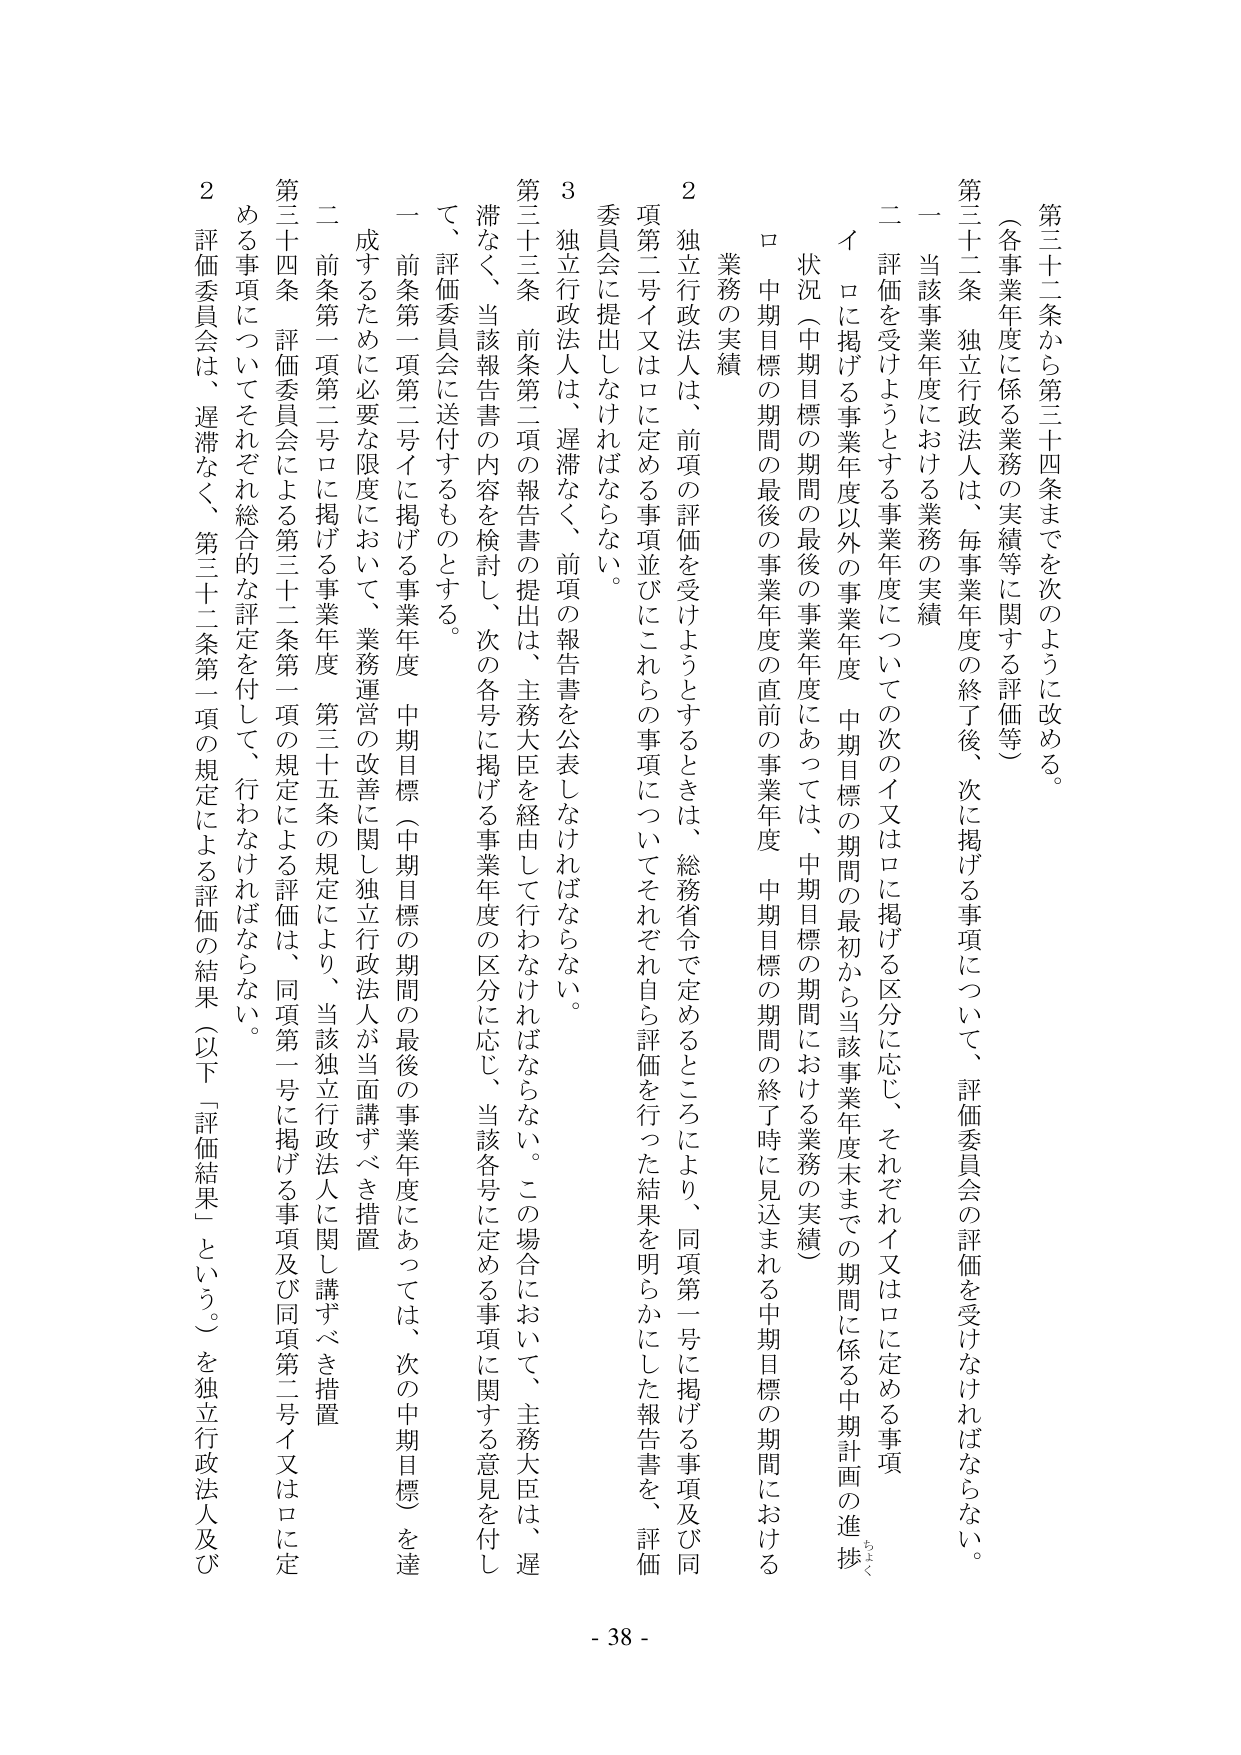
第三十二条から第三十四条までを次のように改める。

（各事業年度に係る業務の実績等に関する評価等）

第三十二条 独立行政法人は、毎事業年度の終了後、次に掲げる事項について、評価委員会の評価を受けなければならない。

一 当該事業年度における業務の実績

二 評価を受けようとする事業年度についての次のイ又はロに掲げる区分に応じ、それぞれイ又はロに定める事項

イ ロに掲げる事業年度以外の事業年度 中期目標の期間の最初から当該事業年度末までの期間に係る中期計画の進捗状況（中期目標の期間の最後の事業年度にあっては、中期目標の期間における業務の実績）

ロ 中期目標の期間の最後の事業年度の直前の事業年度 中期目標の期間の終了時に見込まれる中期目標の期間における業務の実績

2 独立行政法人は、前項の評価を受けようとするときは、総務省令で定めるところにより、同項第一号に掲げる事項及び同項第二号イ又はロに定める事項並びにこれらの事項についてそれぞれ自ら評価を行った結果を明らかにした報告書を、評価委員会に提出しなければならない。

3 独立行政法人は、遅滞なく、前項の報告書を公表しなければならない。

第三十三条 前条第二項の報告書の提出は、主務大臣を経由して行わなければならない。この場合において、主務大臣は、遅滞なく、当該報告書の内容を検討し、次の各号に掲げる事業年度の区分に応じ、当該各号に定める事項に関する意見を付して、評価委員会に送付するものとする。

一 前条第一項第二号イに掲げる事業年度 中期目標（中期目標の期間の最後の事業年度にあっては、次の中期目標）を達成するために必要な限度において、業務運営の改善に関し独立行政法人が当面講ずべき措置

二 前条第一項第二号ロに掲げる事業年度 第三十五条の規定により、当該独立行政法人に関し講ずべき措置

第三十四条 評価委員会による第三十二条第一項の規定による評価は、同項第一号に掲げる事項及び同項第二号イ又はロに定める事項についてそれぞれ総合的な評定を付して、行わなければならない。

2 評価委員会は、遅滞なく、第三十二条第一項の規定による評価の結果（以下「評価結果」という。）を独立行政法人及び

- 38 -